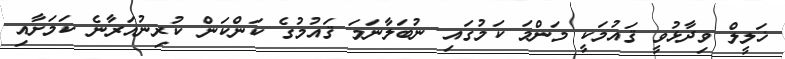
ޚަލީލް ވިދާޅުވީ ޤައުމަކީ މަންމަ ކަމުގައި ނުބަލާނަމަ ޤައުމުގެ ކަންކަން ކުރިނުއަރާނެ ކަމަށާއި